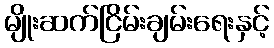
မျိုးဆက်ငြိမ်းချမ်းရေးနှင့်